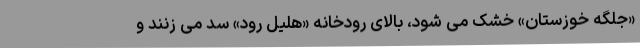
«جلگه خوزستان» خشک می شود، بالای رودخانه «هلیل رود» سد می زنند و